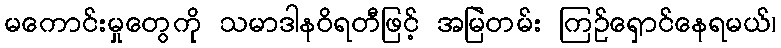
မကောင်းမှုတွေကို သမာဒါနဝိရတီဖြင့် အမြဲတမ်း ကြဉ်ရှောင်နေရမယ်၊